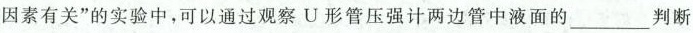
因素有关”的实验中，可以通过观察U形管压强计两边管中液面的_________判断